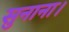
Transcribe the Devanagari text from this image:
सुनाना।